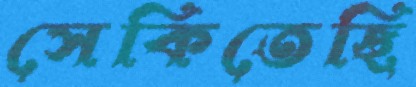
সেকিতেছি